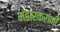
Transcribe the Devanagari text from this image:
भंडारकरांनी